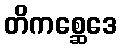
တိကစ္ဆေဒေ